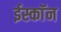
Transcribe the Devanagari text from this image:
ईस्काॅन